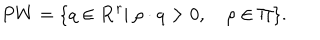
P W = \{ q \in { \bf R } ^ { r } | \ \rho \cdot q > 0 , \quad \rho \in \Pi \} .